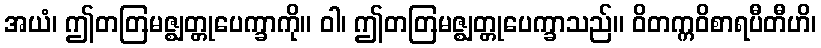
အယံ၊ ဤတတြမဇ္ဈတ္တုပေက္ခာကို။ ဝါ၊ ဤတတြမဇ္ဈတ္တုပေက္ခာသည်။ ဝိတက္ကဝိစာရပီတီဟိ၊